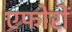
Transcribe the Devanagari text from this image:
एफोरों